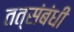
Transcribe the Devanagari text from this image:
तत्संबंधीं